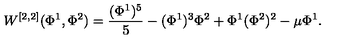
W ^ { [ 2 , 2 ] } ( \Phi ^ { 1 } , \Phi ^ { 2 } ) = { \frac { ( \Phi ^ { 1 } ) ^ { 5 } } { 5 } } - ( \Phi ^ { 1 } ) ^ { 3 } \Phi ^ { 2 } + \Phi ^ { 1 } ( \Phi ^ { 2 } ) ^ { 2 } - \mu \Phi ^ { 1 } .